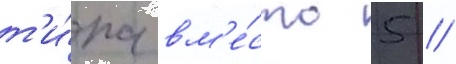
т'и́па вм'е́сто 5 //